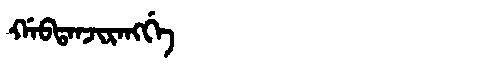
Manchu: ᡤᠠᠪᡨᠠᠨᠵᡳᡵᠠᠩᡤᡝ
Romanization: GABTANJIRANGGE